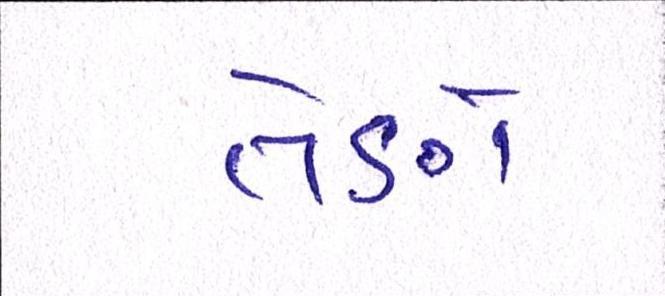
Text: તેણે